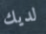
لديك